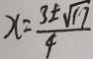
x = \frac { 3 \pm \sqrt { 1 7 } } { 4 }